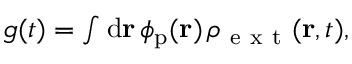
\begin{array} { r } { g ( t ) = \int \mathrm { d } \mathbf { r } \, \phi _ { \mathrm { p } } ( \mathbf { r } ) \, \rho _ { \mathrm { ~ e ~ x ~ t ~ } } ( \mathbf { r } , t ) , } \end{array}